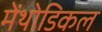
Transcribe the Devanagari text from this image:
मेंथोडिकल